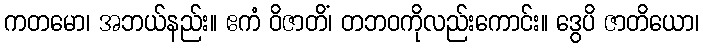
ကတမော၊ အဘယ်နည်း။ ဧကံ ဝိဇာတိံ၊ တဘဝကိုလည်းကောင်း။ ဒွေပိ ဇာတိယော၊